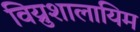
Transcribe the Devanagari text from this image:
विय्रुशालायिम